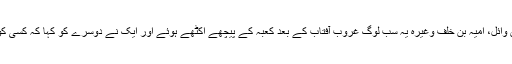
عتبہ، شیبہ، ابو سفیان، نضربن حارث، ابوالبختری …… ابوجہل بن ہشام، عبداللہ بن ابی امیہ، عاص بن وائل، امیہ بن خلف وغیرہ یہ سب لوگ غروب آفتاب کے بعد کعبہ کے پیچھے اکٹھے ہوئے اور ایک نے دوسرے کو کہا کہ کسی کو بھیج کرمحمد صلی اللہ علیہ وسلم کو گفتگو کے لئے بلواؤ اور اس قدر بحث کرو کہ وہ عاجز آ جائیں۔